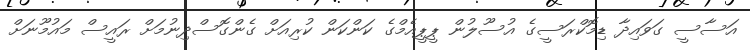
އަސާސީ ގަވައިދާ ޑިމޮކްރަސީގެ އުސޫލުން ޕީޕީއެމްގެ ކަންކަން ކުރިއަށް ގެންގޮސްދިނުމަށް ރައީސް މައުމޫނަށް